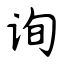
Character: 询